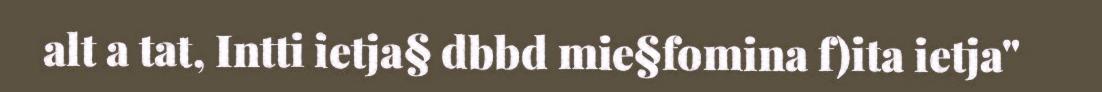
alt a tat, Intti ietja§ dbbd mie§fomina f)ita ietja"